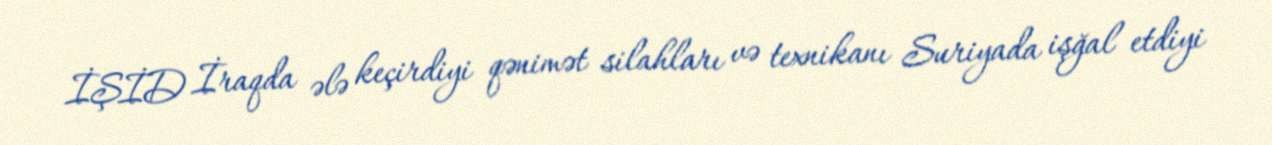
İŞİD İraqda ələ keçirdiyi qənimət silahları və texnikanı Suriyada işğal etdiyi